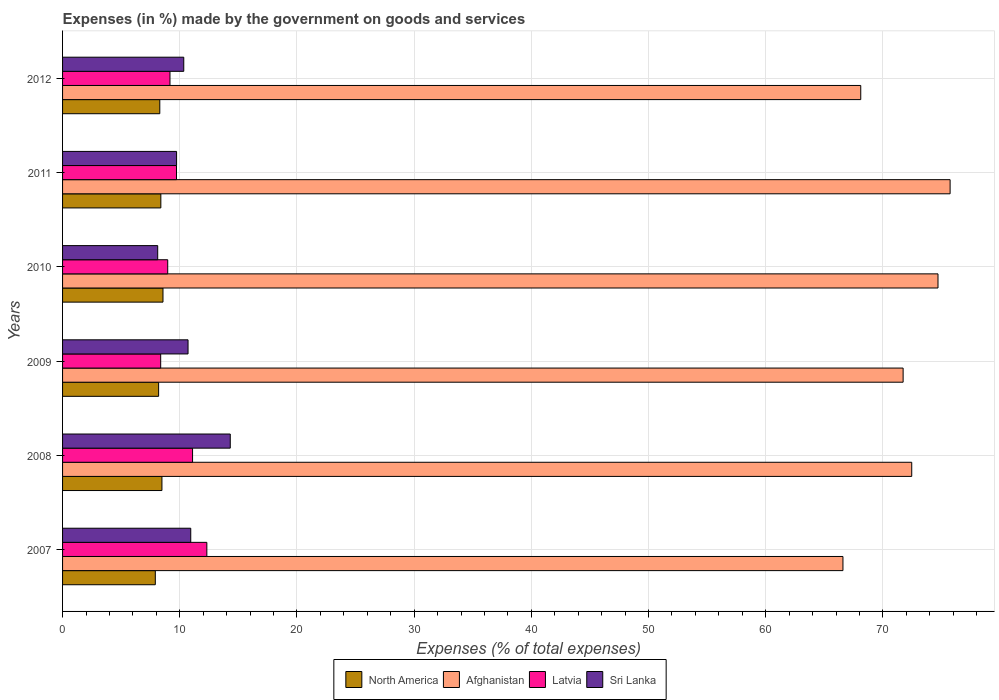
| Years | North America | Afghanistan | Latvia | Sri Lanka |
 | --- | --- | --- | --- | --- |
 | 2007 | 7.91 | 66.6 | 12.3 | 10.9 |
 | 2008 | 8.48 | 72.5 | 11.1 | 14.3 |
 | 2009 | 8.2 | 71.7 | 8.37 | 10.7 |
 | 2010 | 8.57 | 74.7 | 8.97 | 8.12 |
 | 2011 | 8.39 | 75.7 | 9.72 | 9.73 |
 | 2012 | 8.3 | 68.1 | 9.17 | 10.3 |